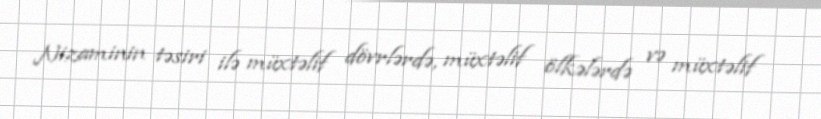
Nizaminin təsiri ilə müxtəlif dövrlərdə, müxtəlif ölkələrdə və müxtəlif